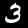
Digit: 3